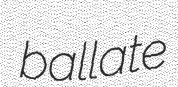
ballate